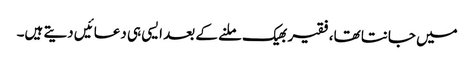
میں جانتا تھا،فقیر بھیک ملنے کے بعد ایسی ہی دعائیں دیتے ہیں۔